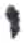
אות: י